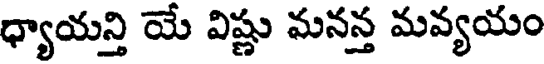
ధ్యాయన్తి యే విష్ణు మనన్త మవ్యయం